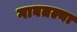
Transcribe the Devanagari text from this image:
गावतल्या